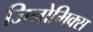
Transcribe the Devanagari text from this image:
जिनोमिक्स